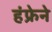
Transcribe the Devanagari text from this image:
हंफ्रेने